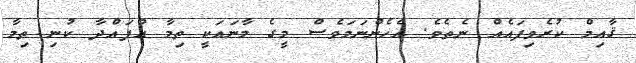
ޤާއިމް ކުރެވިފައެއް ނެތެވެ. އެހެންނަމަވެސް މީގެ މާނައަކީ ތިމާ އުފައްދާ ކުނި ތިމާ